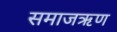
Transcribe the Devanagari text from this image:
समाजऋण